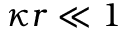
\kappa r \ll 1